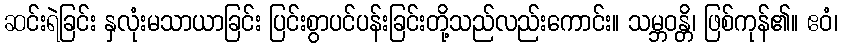
ဆင်းရဲခြင်း နှလုံးမသာယာခြင်း ပြင်းစွာပင်ပန်းခြင်းတို့သည်လည်းကောင်း။ သမ္ဘဝန္တိ၊ ဖြစ်ကုန်၏။ ဧဝံ၊